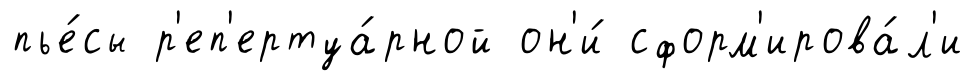
пье́сы р'еп'ертуа́рной он'и́ сформ'ирова́л'и